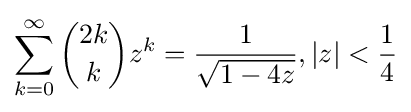
\sum _{k=0}^{\infty }{2k \choose k}z^{k}={\frac {1}{\sqrt {1-4z}}},|z|<{\frac {1}{4}}